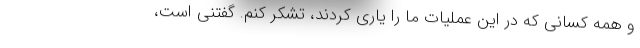
و همه کسانی که در این عملیات ما را یاری کردند، تشکر کنم. گفتنی است،